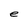
Character: e